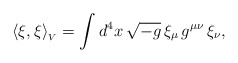
\begin{align*}\langle \xi,\xi\rangle _{_V} = \int d^4 x\, \sqrt{-g}\, \xi_{\mu} \,g^{\mu\nu}\, \xi_{\nu},\end{align*}